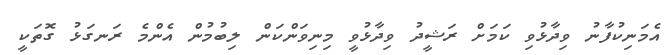
އެމަނިކުފާނު ވިދާޅުވި ކަމަށް ރަޝީދު ވިދާޅުވީ މިނިވަންކަން ލިބުމުން އެންމެ ރަނގަޅު ގޮތަކީ